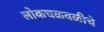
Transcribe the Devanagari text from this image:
लोकचळवळीचे